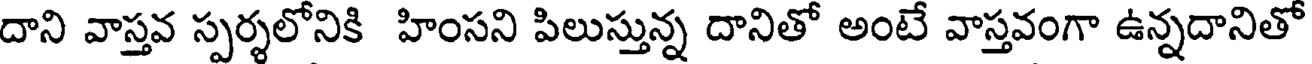
దాని వాస్తవ స్పర్శలోనికి హింసని పిలుస్తున్న దానితో అంటే వాస్తవంగా ఉన్నదానితో